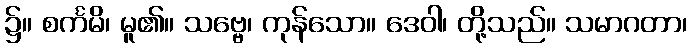
၌။ စင်္ကမိ၊ မူ၏။ သဗ္ဗေ၊ ကုန်သော။ ဒေဝါ၊ တို့သည်။ သမာဂတာ၊